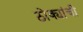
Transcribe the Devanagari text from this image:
ठोक्यांची